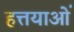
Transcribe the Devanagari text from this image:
हत्तयाओं